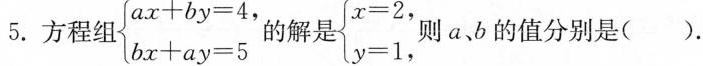
5.方程组\left\{ \begin{matrix} $$ax + by = 4$$, \\ $$bx + ay = 5$$ \\ \end{matrix} \right. 的解是\left\{ \begin{matrix} $$x = 2$$, \\ $$y = 1$$, \\ \end{matrix} \right.则 a、b 的值分别是( ).